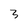
Character: 3